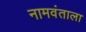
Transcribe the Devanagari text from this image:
नामवंताला